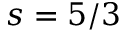
s = 5 / 3